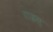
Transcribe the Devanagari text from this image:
राइस्